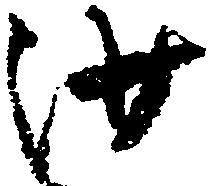
沙